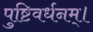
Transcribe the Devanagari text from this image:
पुष्टिवर्धनम्।